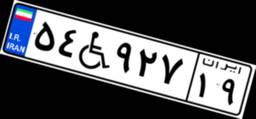
۵۴W۹۲۷۱۹